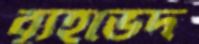
ব্যূহভেদ